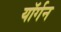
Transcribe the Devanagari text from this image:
यॉर्गन